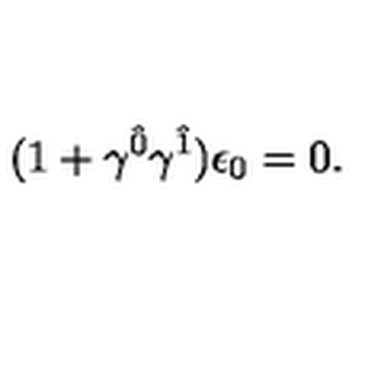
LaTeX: ( 1 + \gamma ^ { \hat { 0 } } \gamma ^ { \hat { 1 } } ) \epsilon _ { 0 } = 0 .